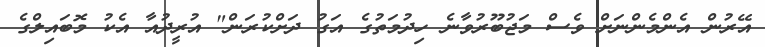
އޭރުން އެންމެންނަށް ވެސް މަޖުބޫރުވާނެ ހިދުމަތުގެ އަގު ދަށްކުރަން" އުރީދުއާ އެކު މޮބައިލްގެ